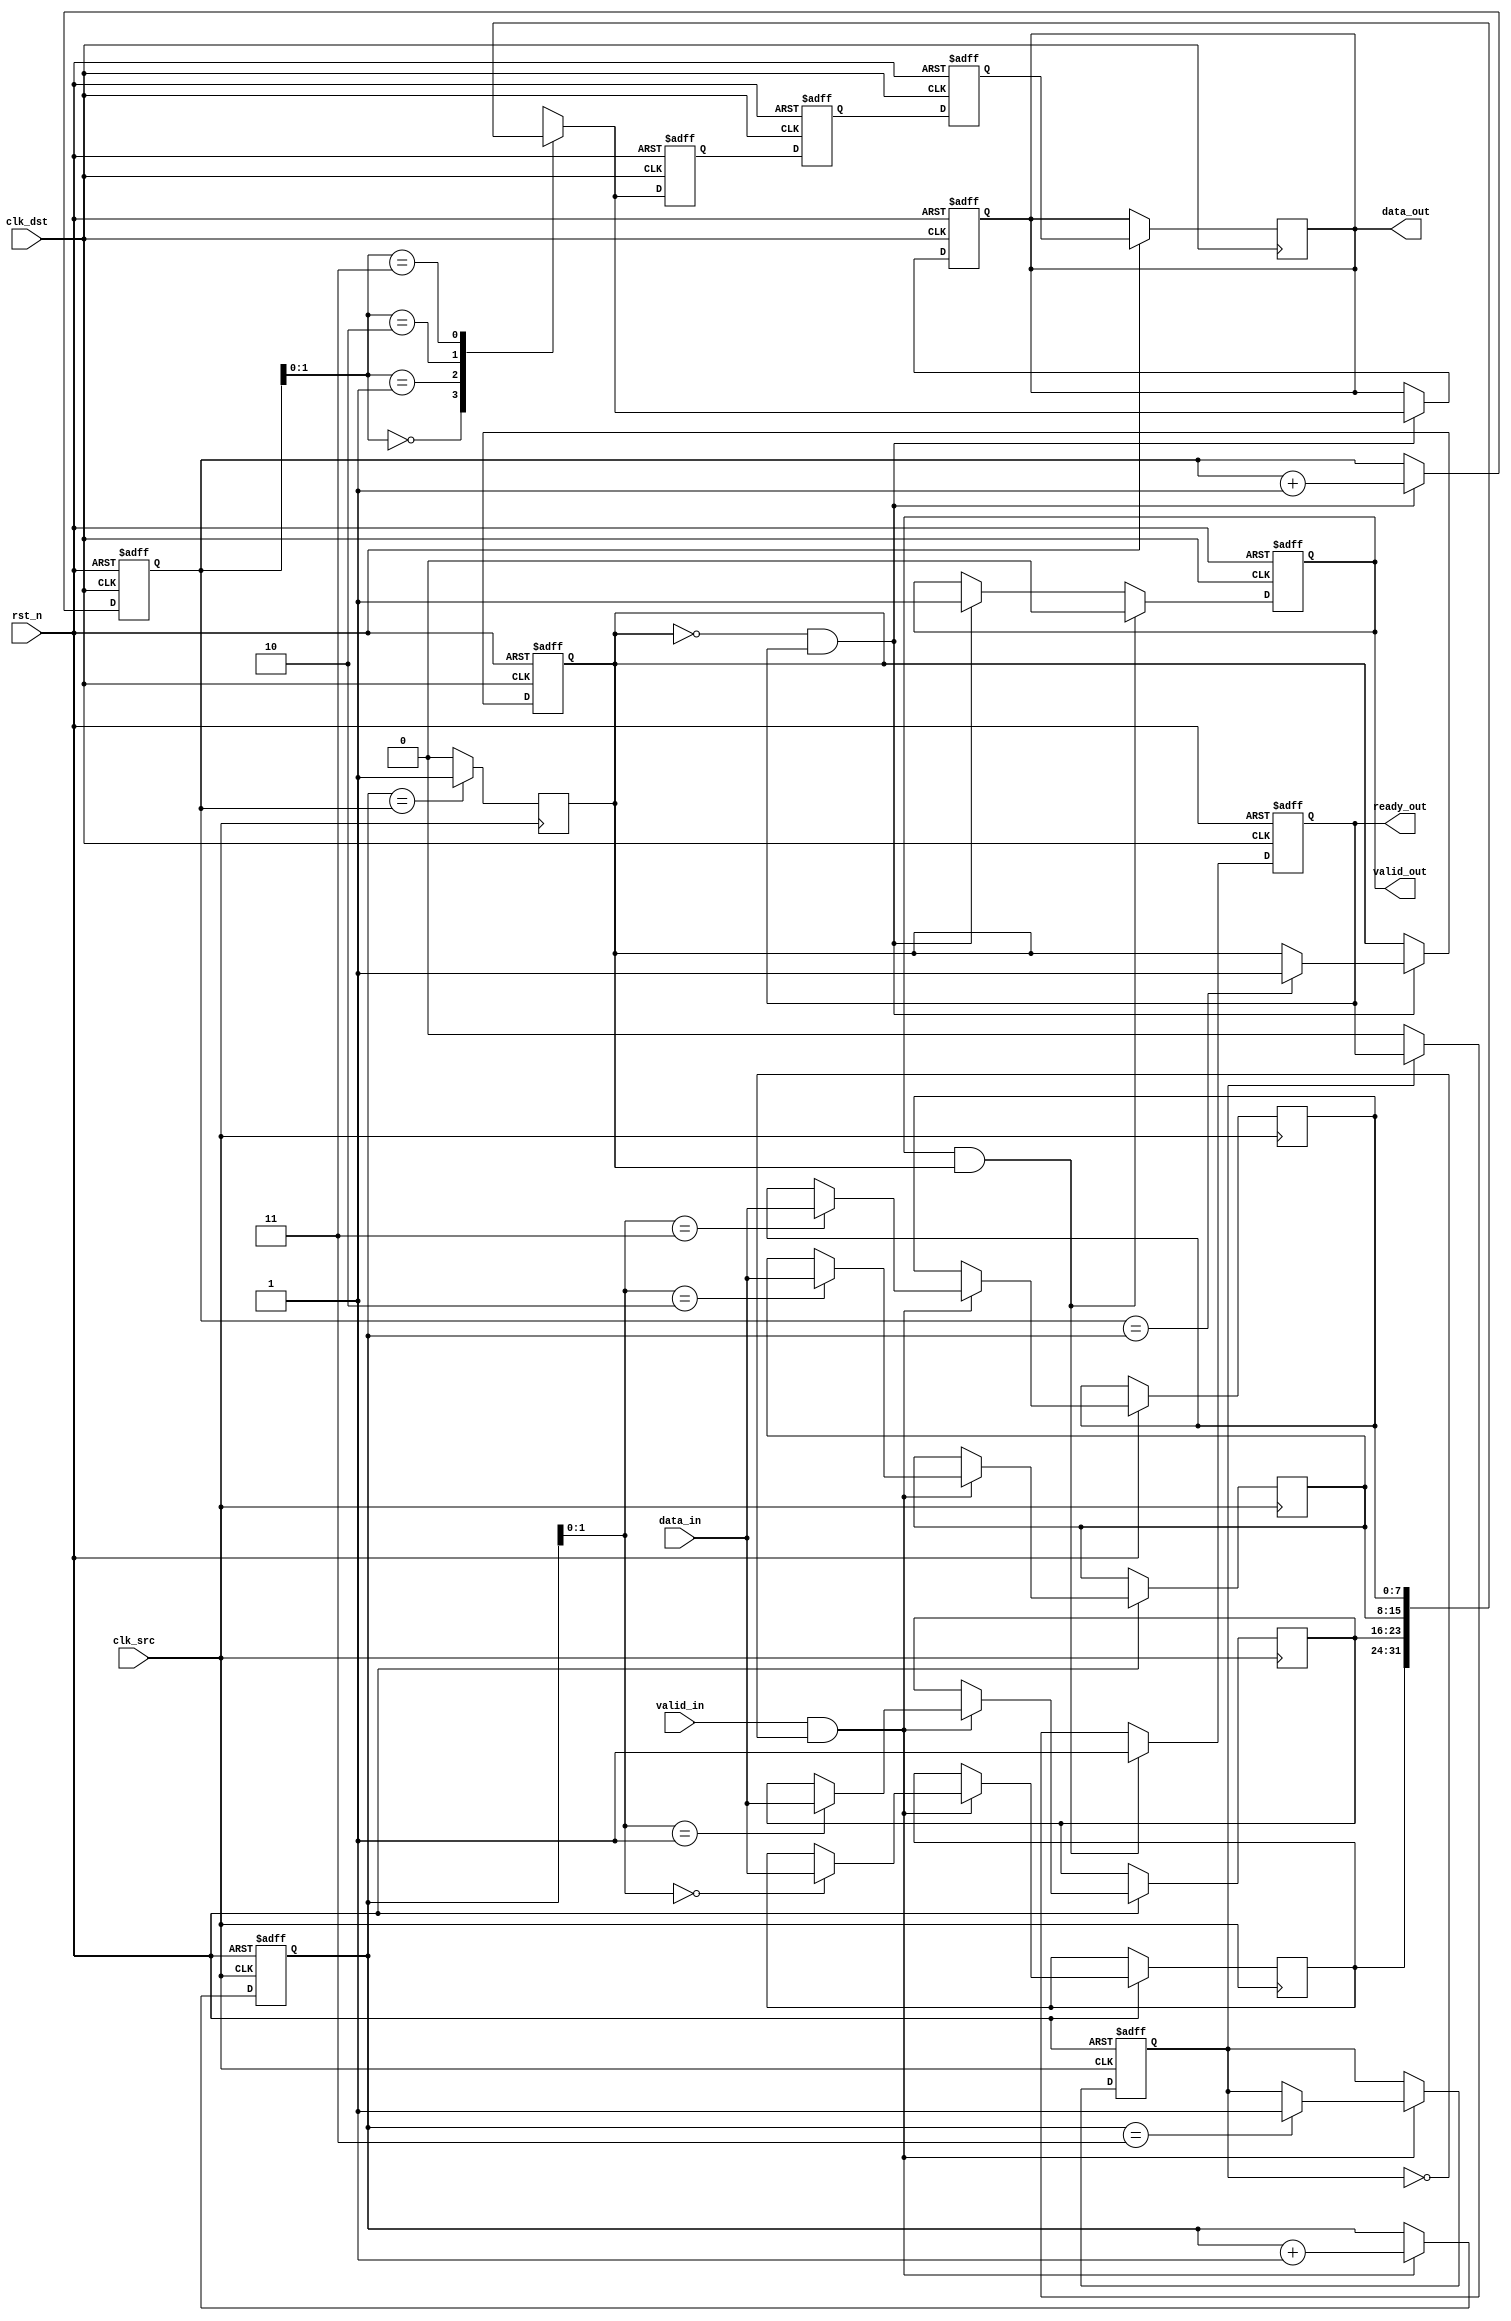
module mem_block_pipeline_sync #(
    parameter DATA_WIDTH = 8,
    parameter FIFO_DEPTH = 4
)(
    input wire clk_src,                     // Source clock
    input wire clk_dst,                     // Destination clock
    input wire rst_n,                       // Asynchronous reset, active low
    input wire [DATA_WIDTH-1:0] data_in,   // Data input from source clock domain
    input wire valid_in,                    // Valid signal for input data
    output reg ready_out,                   // Ready signal for output
    output reg [DATA_WIDTH-1:0] data_out,  // Data output to destination clock domain
    output reg valid_out                    // Valid signal for output data
);

    // FIFO buffer to store data temporarily
    reg [DATA_WIDTH-1:0] fifo_buffer[FIFO_DEPTH-1:0];
    reg [2:0] write_pointer;
    reg [2:0] read_pointer;
    reg fifo_full;
    reg fifo_empty;

    // Asynchronous reset and write logic in the source domain
    always @(posedge clk_src or negedge rst_n) begin
        if (!rst_n) begin
            write_pointer <= 3'd0;
            fifo_full <= 1'b0;
        end else if (valid_in && !fifo_full) begin
            fifo_buffer[write_pointer] <= data_in;
            write_pointer <= write_pointer + 1'b1;
            if (write_pointer == FIFO_DEPTH - 1) begin
                fifo_full <= 1'b1;
            end
        end
    end

    // Synchronization logic in the destination clock domain
    always @(posedge clk_dst or negedge rst_n) begin
        if (!rst_n) begin
            read_pointer <= 3'd0;
            valid_out <= 1'b0;
            data_out <= 0;
            fifo_empty <= 1'b1;
            ready_out <= 1'b1;
        end else begin
            if (!fifo_empty && ready_out) begin
                data_out <= fifo_buffer[read_pointer];
                valid_out <= 1'b1;
                read_pointer <= read_pointer + 1'b1;
                if (read_pointer == write_pointer) begin
                    fifo_empty <= 1'b1;
                end
            end

            // Handshaking mechanism for output
            if (valid_out && fifo_empty) begin
                valid_out <= 1'b0;
                ready_out <= 1'b1;
            end else if (!fifo_full) begin
                ready_out <= 1'b0;  // Wait for the next valid data if FIFO isn't full
            end
        end
    end

    // FIFO empty detection
    always @(posedge clk_src) begin
        if (write_pointer == read_pointer) begin
            fifo_empty <= 1'b1;
        end else begin
            fifo_empty <= 1'b0;
        end
    end

    // Meta-stability prevention with synchronization flip-flops
    reg [DATA_WIDTH-1:0] sync_data [2:0];
    always @(posedge clk_dst or negedge rst_n) begin
        if (!rst_n) begin
            sync_data[0] <= 0;
            sync_data[1] <= 0;
            sync_data[2] <= 0;
        end else begin
            sync_data[0] <= fifo_buffer[read_pointer];  // First flip-flop
            sync_data[1] <= sync_data[0];              // Second flip-flop
            sync_data[2] <= sync_data[1];              // Third flip-flop
            data_out <= sync_data[2];                  // Final synchronized data
        end
    end
endmodule